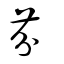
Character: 芬